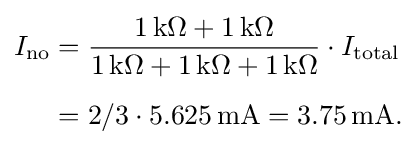
{\begin{aligned}I_{\mathrm {no} }&={1\,\mathrm {k} \Omega +1\,\mathrm {k} \Omega  \over 1\,\mathrm {k} \Omega +1\,\mathrm {k} \Omega +1\,\mathrm {k} \Omega }\cdot I_{\mathrm {total} }\\[5pt]&=2/3\cdot 5.625\,\mathrm {mA} =3.75\,\mathrm {mA} .\end{aligned}}